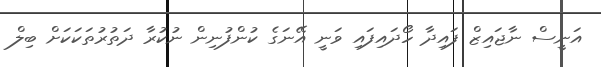
އަނީސް ނާޖައިޒް ފައިދާ ހޯދައިފައި ވަނީ އޭނަގެ ކުންފުނިން ނުކުރާ ދަތުރުތަކަކަށް ބިލް